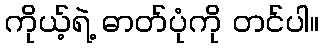
ကိုယ့်ရဲ့ ဓာတ်ပုံကို တင်ပါ။